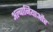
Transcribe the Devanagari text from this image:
अल्बानियाऔर